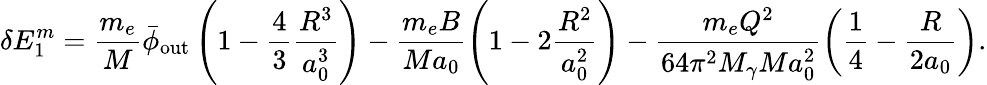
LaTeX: \delta E_{1}^{m}=\frac{m_{e}}{M}\bar{\phi}_{\mathrm{out}}\left(1-\frac{4}{3}\frac{R^{3}}{a_{0}^{3}}\right)-\frac{m_{e}B}{Ma_{0}}\left(1-2\frac{R^{2}}{a_{0}^{2}}\right)-\frac{m_{e}Q^{2}}{64\pi^{2}M_{\gamma}Ma_{0}^{2}}\left(\frac{1}{4}-\frac{R}{2a_{0}}\right).